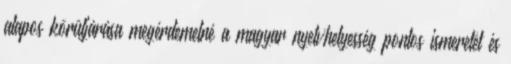
alapos körüljárása megérdemelné a magyar nyelvhelyesség pontos ismeretét és